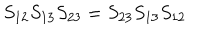
LaTeX: S _ { 1 2 } S _ { 1 3 } S _ { 2 3 } = S _ { 2 3 } S _ { 1 3 } S _ { 1 2 }